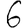
Digit: 6